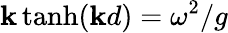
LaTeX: \mathbf{k}\operatorname{tanh}(\mathbf{k}d)=\omega^{2}/g